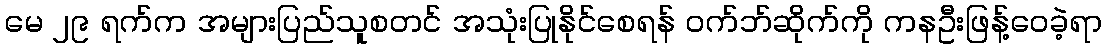
မေ ၂၉ ရက်က အများပြည်သူစတင် အသုံးပြုနိုင်စေရန် ဝက်ဘ်ဆိုက်ကို ကနဦးဖြန့်ဝေခဲ့ရာ